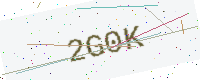
Text: 2G0K